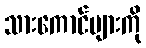
သားကောင်များကို